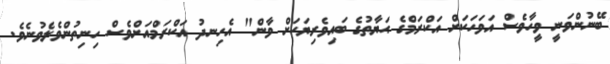
ބޭނުންވަނީ ވީހާވެސް އަވަހަކަށް އަކްރަމްގެ ޙަޔާތުގެ ބައިވެރިޔަކަށް ވާން" އެހިނދު އަކްރަމްއަށްވެސް ހިނިތުންވެލެވުނެވެ.